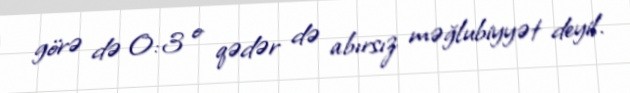
görə də 0:3 o qədər də abırsız məğlubiyyət deyil.